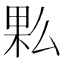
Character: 𰗩